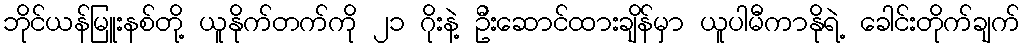
ဘိုင်ယန်မြူးနစ်တို့ ယူနိုက်တက်ကို ၂၁ ဂိုးနဲ့ ဦးဆောင်ထားချိန်မှာ ယူပါမီကာနိုရဲ့ ခေါင်းတိုက်ချက်